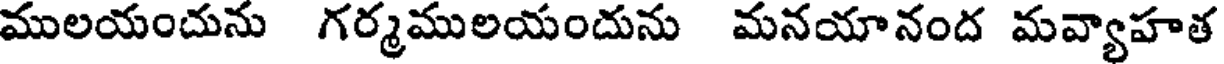
ములయందును గర్మములయందును మనయానంద మవ్యాహత